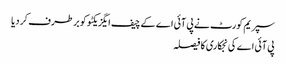
سپریم کورٹ نے پی آئی اے کے چیف ایگزیکٹو کو برطرف کر دیا
پی آئی اے کی نجکاری کا فیصلہ